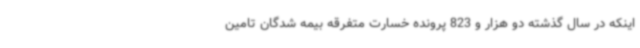
اینکه در سال گذشته دو هزار و 823 پرونده خسارت متفرقه بیمه شدگان تامین